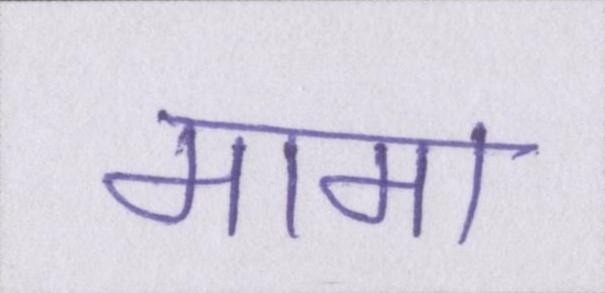
मामा